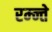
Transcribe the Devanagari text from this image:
रम्न्ते